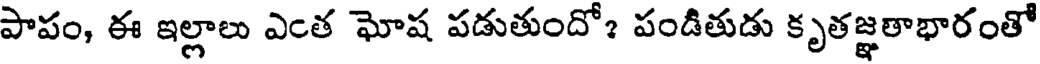
పాపం, ఈ ఇల్లాలు ఎంత ఘోష పడుతుందో? పండితుడు కృతజ్ఞతాభారంతో